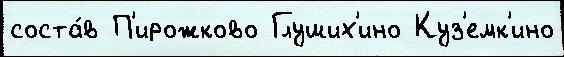
соста́в П'ирожково Глуших'ино Куз'емк'ино